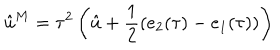
\hat { u } ^ { M } = \tau ^ { 2 } \left( \hat { u } + \frac { 1 } { 2 } ( e _ { 2 } ( \tau ) - e _ { 1 } ( \tau ) ) \right)